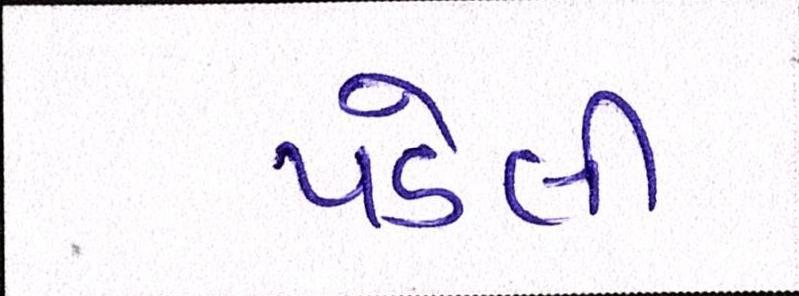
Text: પડેલી